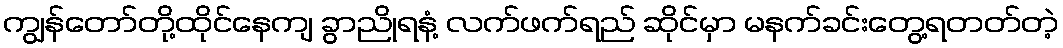
ကျွန်တော်တို့ထိုင်နေကျ ခွာညိုရနံ့ လက်ဖက်ရည် ဆိုင်မှာ မနက်ခင်းတွေ့ရတတ်တဲ့